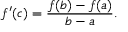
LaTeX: f ^ { \prime } ( c ) = { \frac { f ( b ) - f ( a ) } { b - a } } .